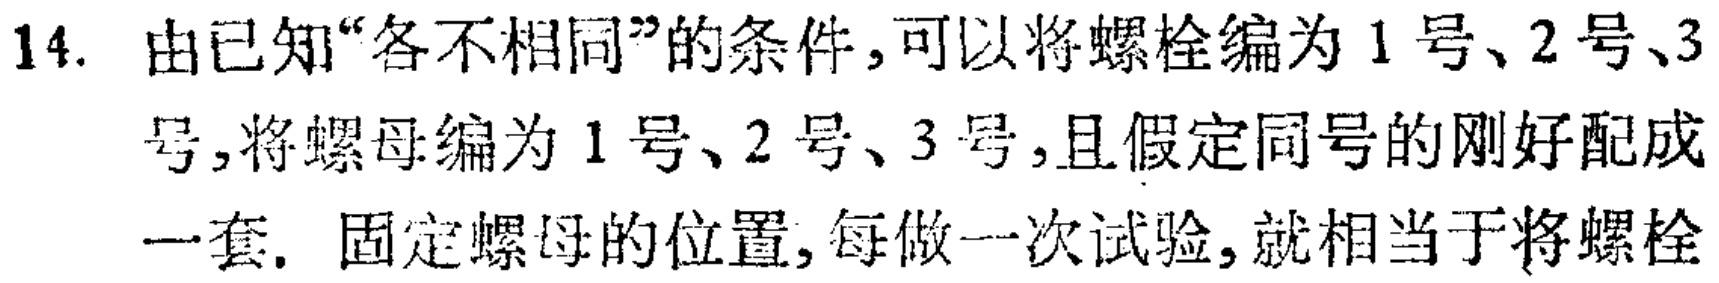
14. 由已知“各不相同”的条件，可以将螺栓编为 1 号、2 号、3号,将螺母编为 1 号、2 号、3 号,且假定同号的刚好配成一套. 固定螺母的位置,每做一次试验,就相当于将螺栓